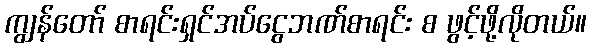
ကျွန်တော် စာရင်းရှင်အပ်ငွေဘဏ်စာရင်း စ ဖွင့်ဖို့လိုတယ်။